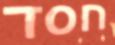
חסד